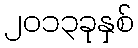
၂၀၁၃ခုနှစ်